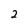
Character: 2